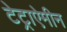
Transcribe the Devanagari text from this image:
टेट्राऐमीन